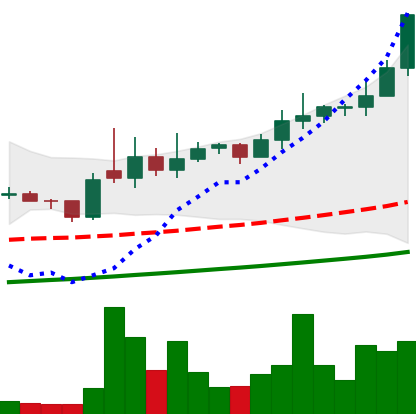
Ticker: XLM-USD
Chart end date: 2021-02-12
Forward return: -5.843%
Label: down_5_7